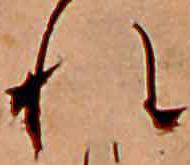
れ